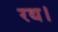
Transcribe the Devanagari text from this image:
रथ।